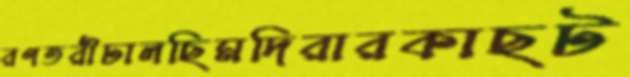
রণতরীঢালছিমদিরারকাছট